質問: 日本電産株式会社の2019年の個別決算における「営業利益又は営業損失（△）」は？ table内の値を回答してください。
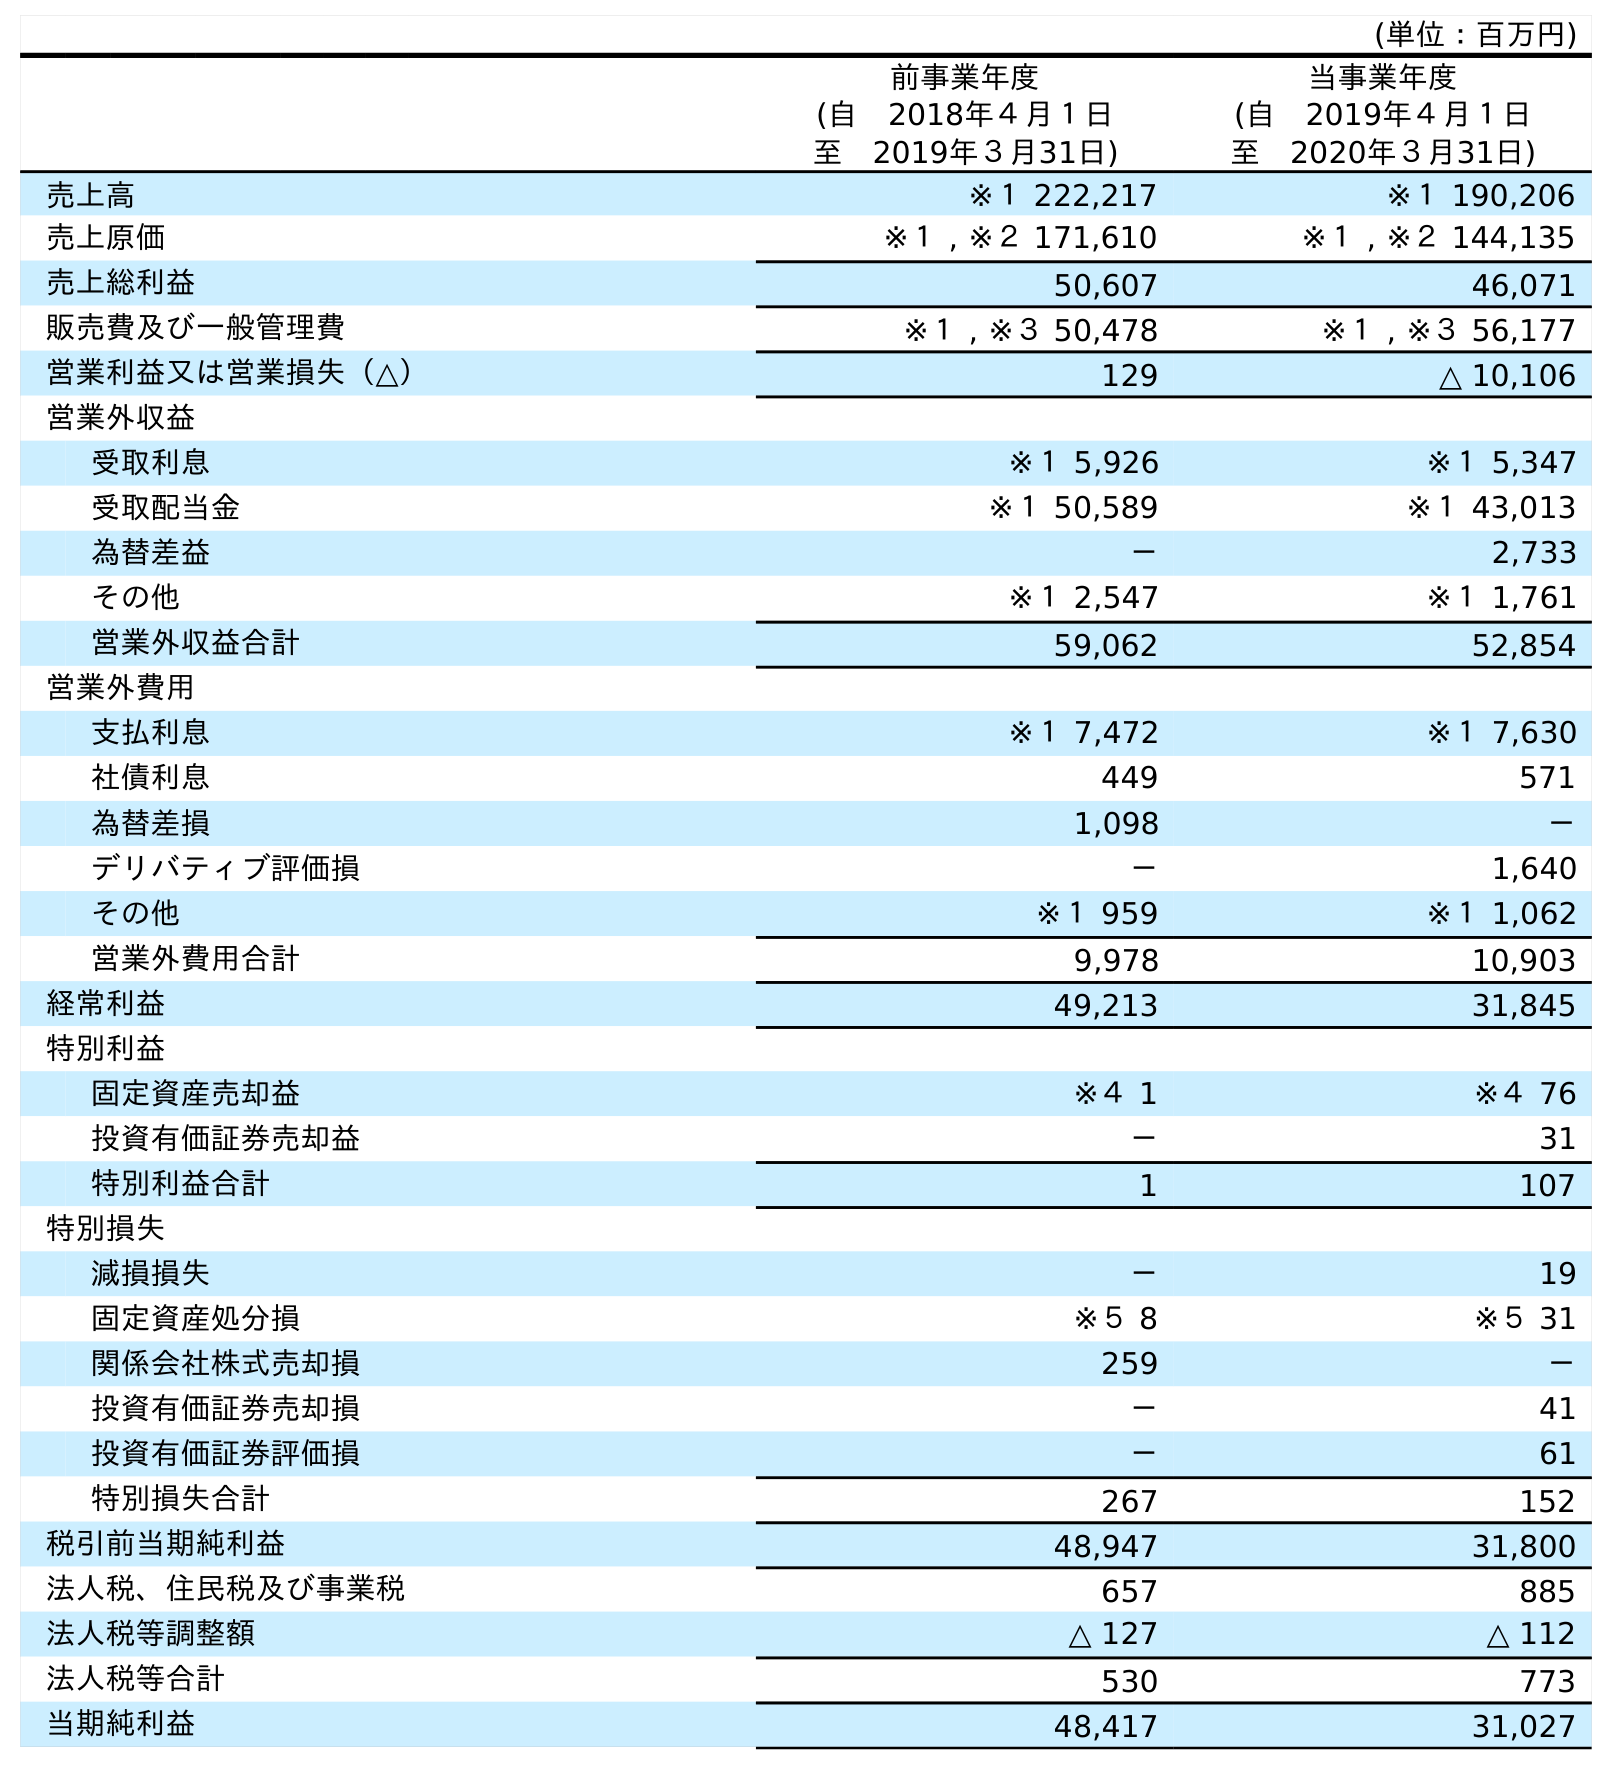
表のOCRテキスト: (単位：百万円) 前事業年度 (自 2018年４月１日 至 2019年３月31日) 当事業年度 (自 2019年４月１日 至 2020年３月31日) 売上高 ※１ 222,217 ※１ 190,206 売上原価 ※１ , ※２ 171,610 ※１ , ※２ 144,135 売上総利益 50,607 46,071 販売費及び一般管理費 ※１ , ※３ 50,478 ※１ , ※３ 56,177 営業利益又は営業損失（△） 129 △ 10,106 営業外収益 受取利息 ※１ 5,926 ※１ 5,347 受取配当金 ※１ 50,589 ※１ 43,013 為替差益 － 2,733 その他 ※１ 2,547 ※１ 1,761 営業外収益合計 59,062 52,854 営業外費用 支払利息 ※１ 7,472 ※１ 7,630 社債利息 449 571 為替差損 1,098 － デリバティブ評価損 － 1,640 その他 ※１ 959 ※１ 1,062 営業外費用合計 9,978 10,903 経常利益 49,213 31,845 特別利益 固定資産売却益 ※４ 1 ※４ 76 投資有価証券売却益 － 31 特別利益合計 1 107 特別損失 減損損失 － 19 固定資産処分損 ※５ 8 ※５ 31 関係会社株式売却損 259 － 投資有価証券売却損 － 41 投資有価証券評価損 － 61 特別損失合計 267 152 税引前当期純利益 48,947 31,800 法人税、住民税及び事業税 657 885 法人税等調整額 △ 127 △ 112 法人税等合計 530 773 当期純利益 48,417 31,027
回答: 129